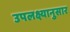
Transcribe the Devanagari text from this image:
उपलक्ष्यानुसार